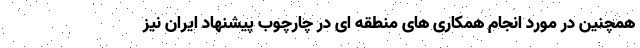
همچنین در مورد انجام همکاری های منطقه ای در چارچوب پیشنهاد ایران نیز